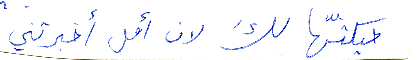
حيكتّها لكَ لان أمل أخبرتني